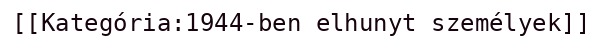
[[Kategória:1944-ben elhunyt személyek]]